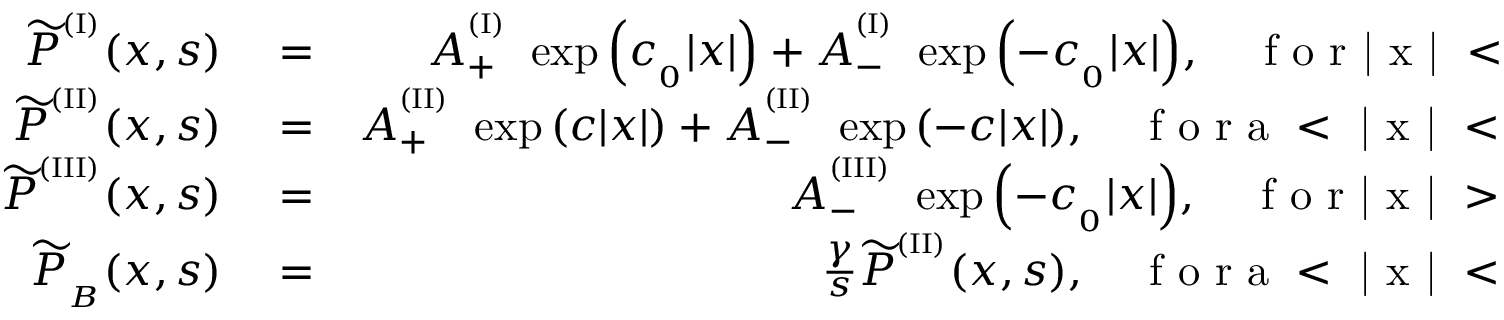
\begin{array} { r l r } { { \widetilde P } ^ { ^ { ( \mathrm { I } ) } } ( x , s ) } & { { } = } & { A _ { + } ^ { ^ { ( \mathrm { I } ) } } \ \exp { \left( c _ { _ 0 } | x | \right) } + A _ { - } ^ { ^ { ( \mathrm { I } ) } } \ \exp { \left( - c _ { _ 0 } | x | \right) } , \quad \mathrm { ~ f ~ o ~ r ~ | ~ x ~ | ~ < ~ a ~ } , } \\ { { \widetilde P } ^ { ^ { ( \mathrm { I I } ) } } ( x , s ) } & { { } = } & { A _ { + } ^ { ^ { ( \mathrm { I I } ) } } \ \exp { \left( c | x | \right) } + A _ { - } ^ { ^ { ( \mathrm { I I } ) } } \ \exp { \left( - c | x | \right) } , \quad \mathrm { ~ f ~ o ~ r ~ a ~ < ~ | ~ x ~ | ~ < ~ b ~ } , } \\ { { \widetilde P } ^ { ^ { ( \mathrm { I I I } ) } } ( x , s ) } & { { } = } & { A _ { - } ^ { ^ { ( \mathrm { I I I } ) } } \ \exp { \left( - c _ { _ 0 } | x | \right) } , \quad \mathrm { ~ f ~ o ~ r ~ | ~ x ~ | ~ > ~ b ~ } , } \\ { { \widetilde P } _ { _ B } ( x , s ) } & { { } = } & { \frac { \gamma } { s } { \widetilde P } ^ { ^ { ( \mathrm { I I } ) } } ( x , s ) , \quad \mathrm { ~ f ~ o ~ r ~ a ~ < ~ | ~ x ~ | ~ < ~ b ~ } , } \end{array}